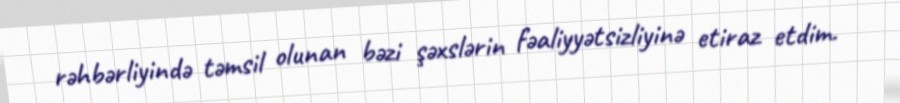
rəhbərliyində təmsil olunan bəzi şəxslərin fəaliyyətsizliyinə etiraz etdim.